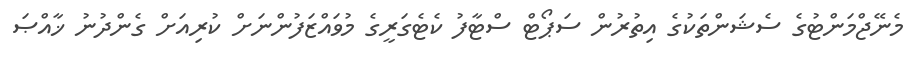
މެނޭޖްމަންޓުގެ ސެޝަންތަކުގެ އިތުރުން ސަޕޯޓް ސްޓާފު ކެޓެގަރީގެ މުވައްޒަފުންނަށް ކުރިއަށް ގެންދުނު ޚާއްޞަ